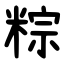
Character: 粽